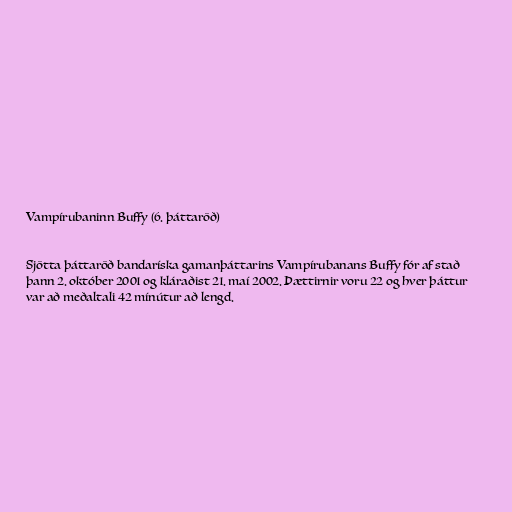
Vampírubaninn Buffy (6. þáttaröð)

Sjötta þáttaröð bandaríska gamanþáttarins Vampírubanans Buffy fór af stað
þann 2. október 2001 og kláraðist 21. maí 2002. Þættirnir voru 22 og hver þáttur
var að meðaltali 42 mínútur að lengd.